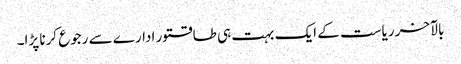
بالآخر ریاست کے ایک بہت ہی طاقتور ادارے سے رجوع کرنا پڑا۔